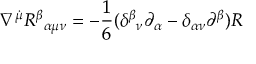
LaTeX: \nabla ^ { \dot { \mu } } R ^ { \beta } { } _ { \alpha \mu \nu } = - \frac { 1 } { 6 } ( \delta ^ { \beta } { } _ { \nu } \partial _ { \alpha } - \delta _ { \alpha \nu } \partial ^ { \beta } ) R